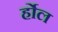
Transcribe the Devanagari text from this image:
र्होल